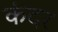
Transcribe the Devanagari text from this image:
कंदर